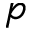
p